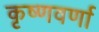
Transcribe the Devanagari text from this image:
कृष्णवर्णा